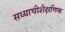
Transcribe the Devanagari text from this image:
सध्याचीशैक्षणिक